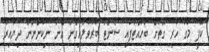
ކޮފީ މަގު ހުރި ގޮތަށް ބަހައްޓާފައި ސެންޓް ބުރުވާލައިގެން އޭނާ ނިކުންނަން ދިޔައިރު